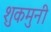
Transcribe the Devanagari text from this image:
शुकमुनी